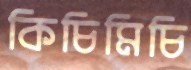
কিচিমিচি